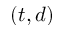
( t , d )